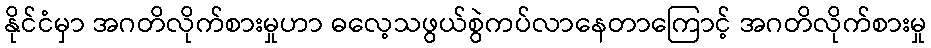
နိုင်ငံမှာ အဂတိလိုက်စားမှုဟာ ဓလေ့သဖွယ်စွဲကပ်လာနေတာကြောင့် အဂတိလိုက်စားမှု